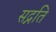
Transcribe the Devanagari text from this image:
सद्नति